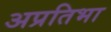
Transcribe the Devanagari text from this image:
अप्रतिभा